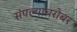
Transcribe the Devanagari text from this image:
संपल्याबरोबर